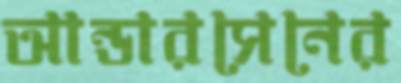
আন্ডারসেনের